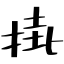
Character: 掛